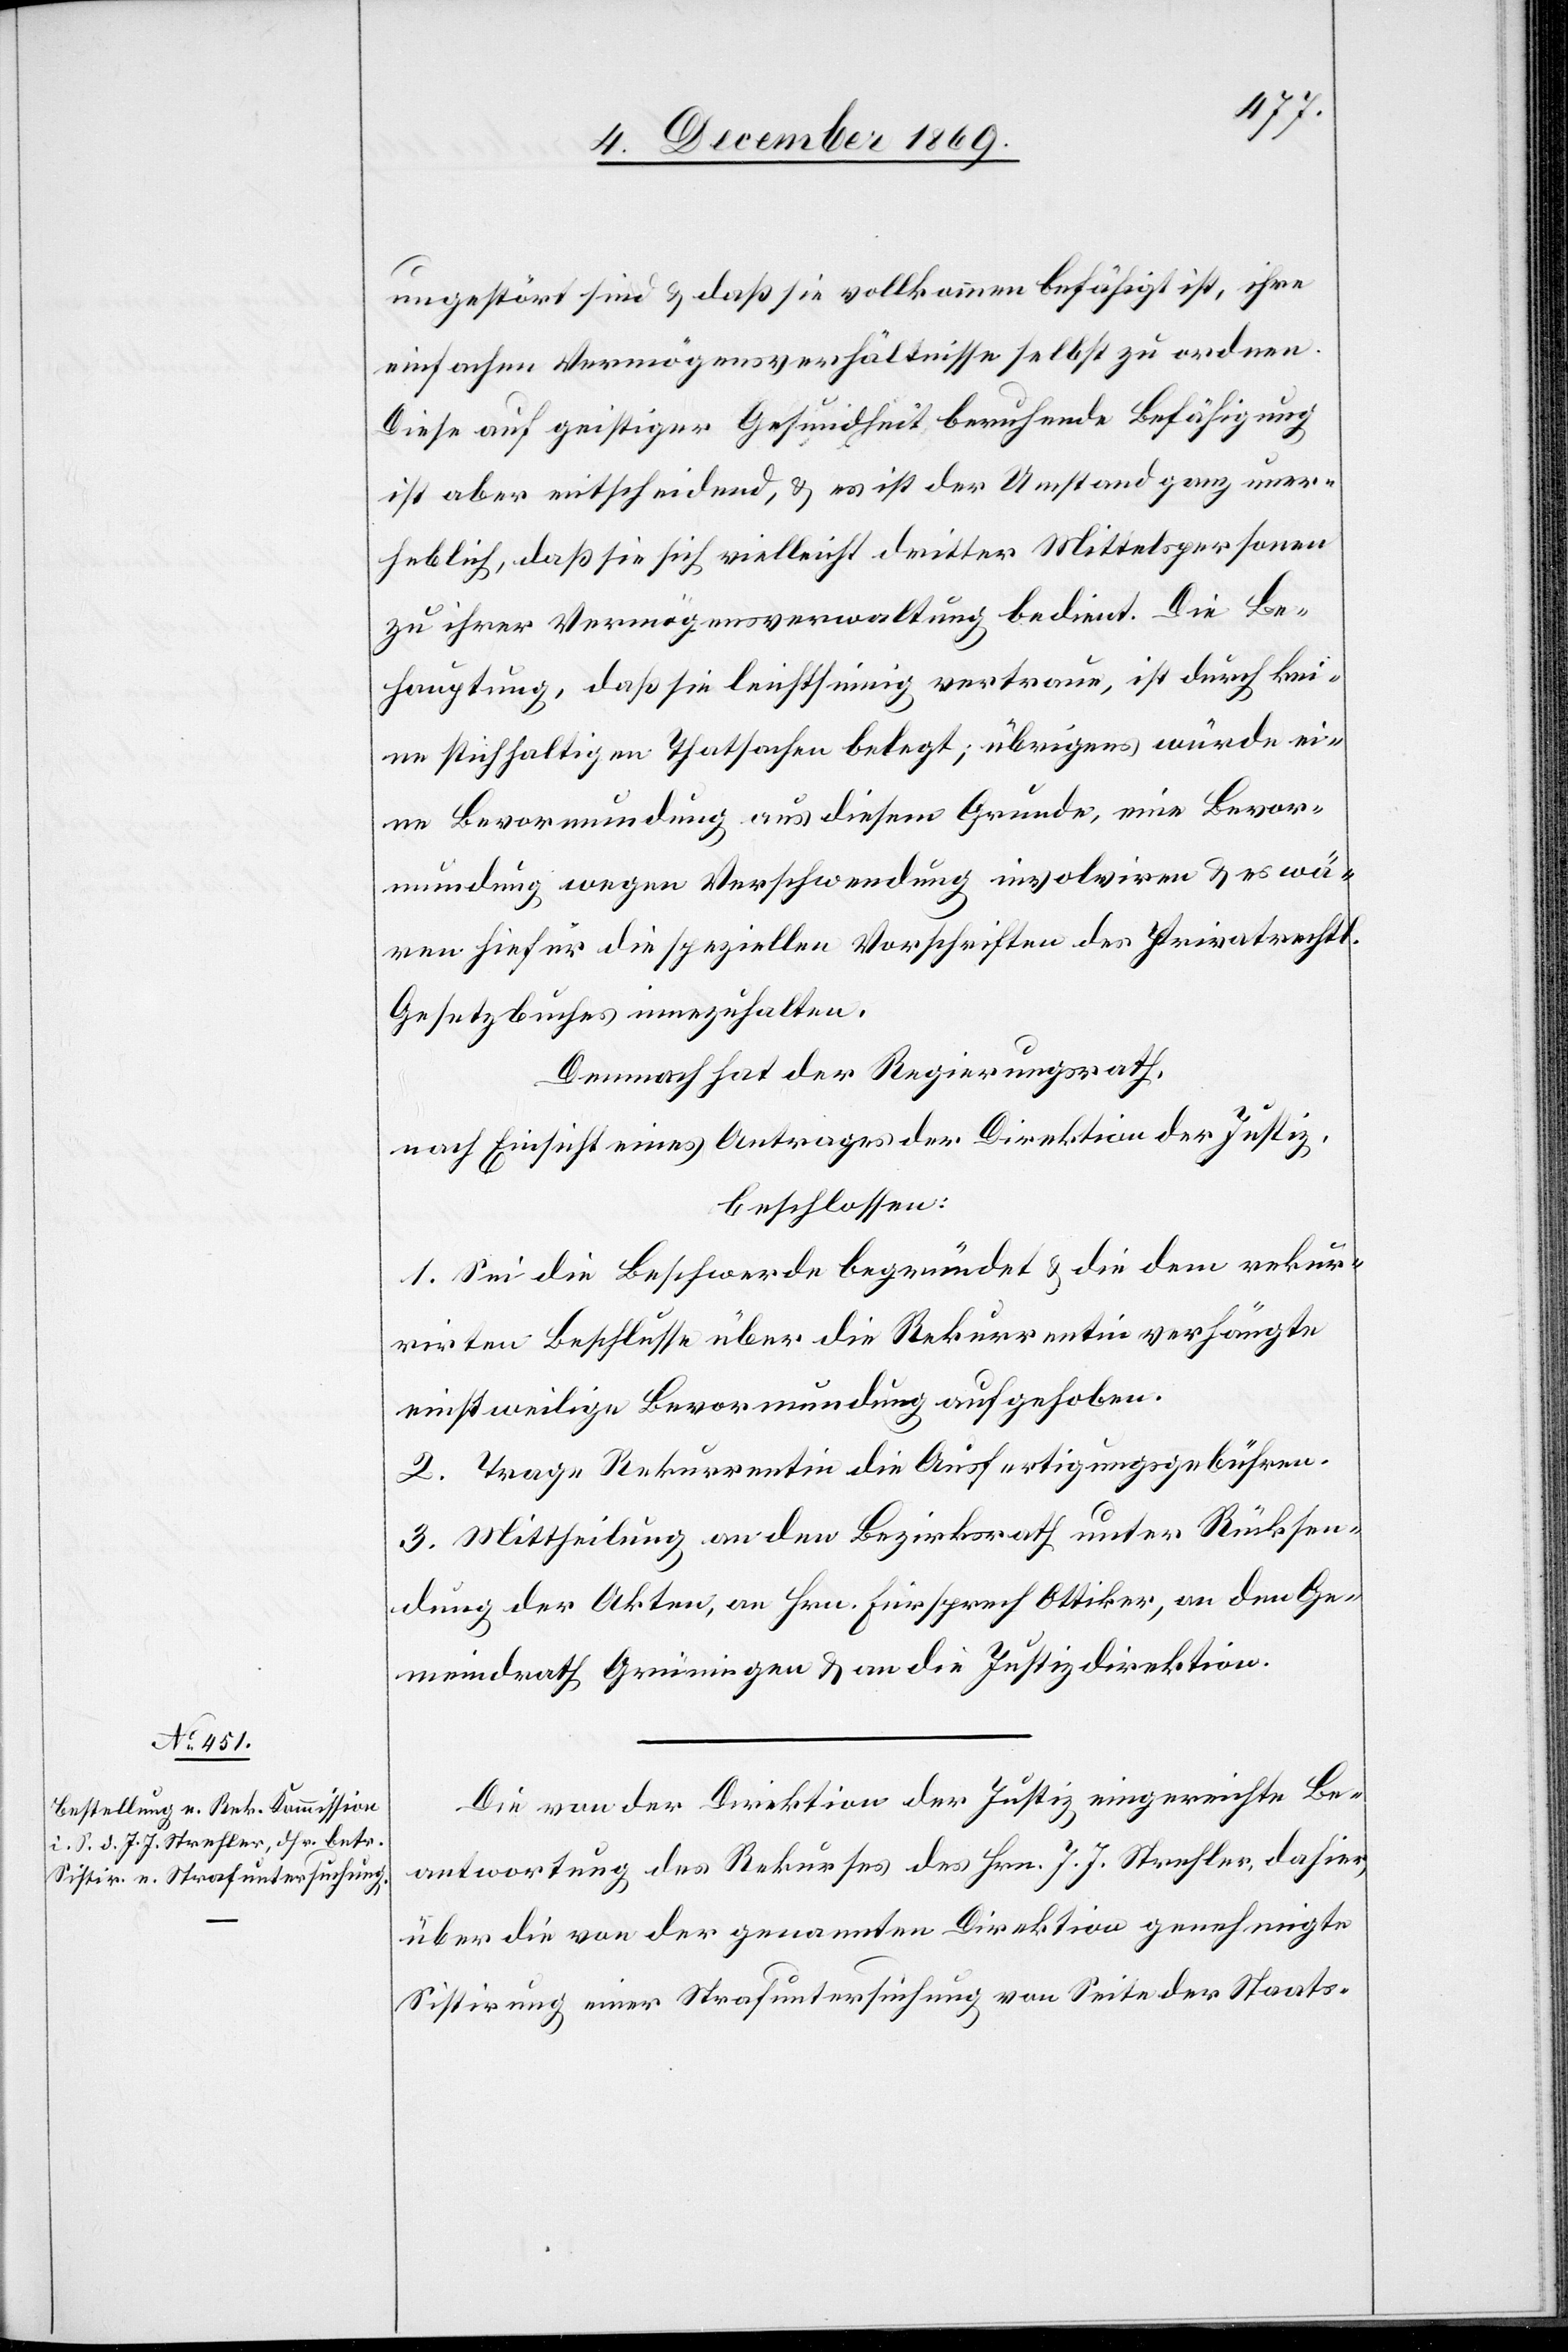
ungestört sind & daß sie vollkommen befähigt ist, ihre
einfachen Vermögensverhältnisse selbst zu ordnen.
Diese auf geistiger Gesundheit beruhende Befähigung
ist aber entscheidend, & es ist der Umstand ganz uner¬
heblich, daß sie sich vielleicht dritter Mittelspersonen
zu ihrer Vermögensverwaltung bedient. Die Be¬
hauptung, daß sie leichtsinnig vertraue, ist durch kei¬
ne stichhaltigen Thatsachen belegt; übrigens würde ei¬
ne Bevormundung aus diesem Grunde, eine Bevor¬
mundung wegen Verschwendung involviren & es wä¬
ren hiefür die speziellen Vorschriften des privatrechtl.
Gesetzbuches innezuhalten.
Demnach hat der Regierungsrath,
nach Einsicht eines Antrages der Direktion der Justiz,
beschlossen:
1. Sei die Beschwerde begründet & die [in] dem rekur¬
rirten Beschlusse über die Rekurrentin verhängte
einstweilige Bevormundung aufgehoben.
2. Trage Rekurrentin die Ausfertigungsgebühren.
3. Mittheilung an den Bezirksrath unter Rücksen¬
dung der Akten, an Hrn. Fürsprech Ottiker, an den Ge¬
meindrath Grüningen & an die Justizdirektion.
Die von der Direktion der Justiz eingereichte Be¬
antwortung des Rekurses des Hrn. J. J. Strehler, dahier,
über die von der genannten Direktion genehmigte
Sistirung einer Strafuntersuchung von Seite der Staats-